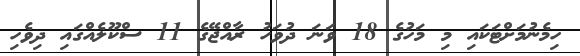
ހިމެނުމަށްޓަކައި މި މަހުގެ 18 ވަނަ ދުވަހު ރާއްޖޭގެ 11 ސްކޫލެއްގައި ދިވެހި